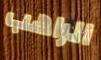
الراهب